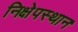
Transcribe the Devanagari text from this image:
निक्षेपस्थान